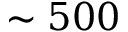
\sim 5 0 0